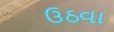
ઉઠવા